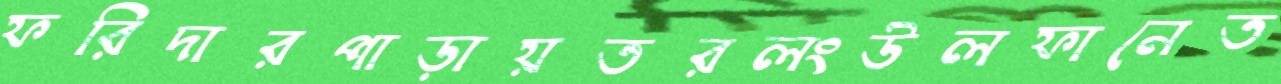
ফরিদারপাড়ায়তরলংউলফানেত